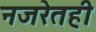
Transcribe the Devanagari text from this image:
नजरेतही